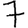
Digit: 7